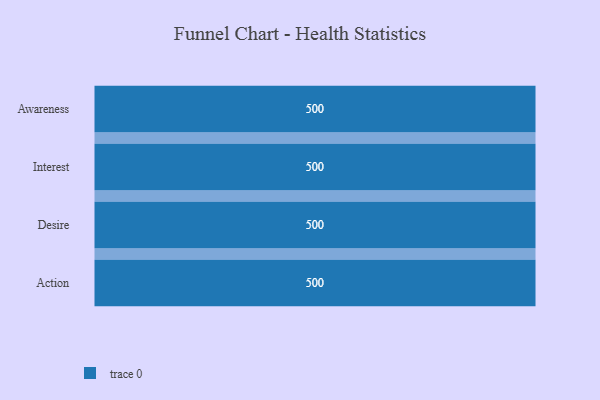
{"axis": {"x": "Stage", "y": "Value"}, "legend": [""], "data": [{"x": "Awareness", "y": 500, "type": ""}, {"x": "Interest", "y": 500, "type": ""}, {"x": "Desire", "y": 500, "type": ""}, {"x": "Action", "y": 500, "type": ""}]}